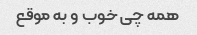
همه چی خوب و به موقع